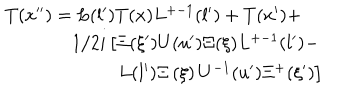
\begin{array} { l } { { T ( x ^ { \prime \prime } ) = L ( l ^ { \prime } ) T ( x ) L ^ { + - 1 } ( l ^ { \prime } ) + T ( x ^ { \prime } ) + } } \\ { { \phantom { T ( x ^ { \prime \prime } ) = } 1 / 2 i \left[ \Xi ( \xi ^ { \prime } ) U ( u ^ { \prime } ) \Xi ( \xi ) L ^ { + - 1 } ( l ^ { \prime } ) - \right. } } \\ { { \phantom { T ( x ^ { \prime \prime } ) = a s d f } \left. L ( l ^ { \prime } ) \Xi \left( \xi \right) U ^ { - 1 } ( u ^ { \prime } ) \Xi ^ { + } ( \xi ^ { \prime } ) \right] } } \\ \end{array}